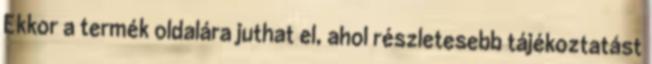
Ekkor a termék oldalára juthat el, ahol részletesebb tájékoztatást